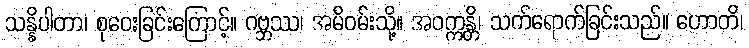
သန္နိပါတာ၊ စုဝေးခြင်းကြောင့်။ ဂဗ္ဘဿ၊ အမိဝမ်းသို့။ အဝက္ကန္တိ၊ သက်ရောက်ခြင်းသည်။ ဟောတိ၊